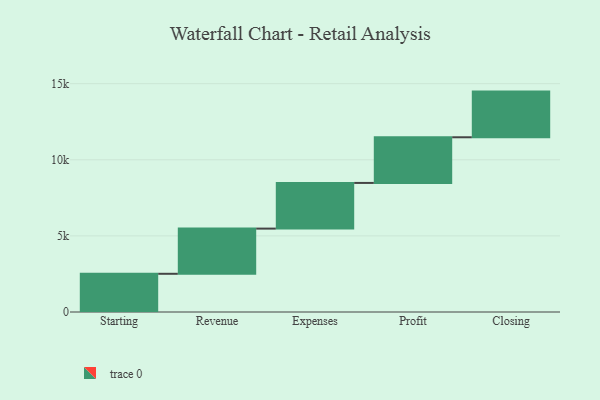
{"axis": {"x": "Step", "y": "Value"}, "legend": [""], "data": [{"x": "Starting", "y": 2510.0, "type": ""}, {"x": "Revenue", "y": 2969.0, "type": ""}, {"x": "Expenses", "y": 3000, "type": ""}, {"x": "Profit", "y": 3000, "type": ""}, {"x": "Closing", "y": 3000, "type": ""}]}